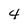
Character: 4